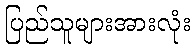
ပြည်သူများအားလုံး